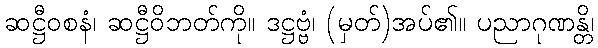
ဆဋ္ဌီဝစနံ၊ ဆဋ္ဌီဝိဘတ်ကို။ ဒဋ္ဌဗ္ဗံ၊ (မှတ်)အပ်၏။ ပညာဂုဏန္တိ၊